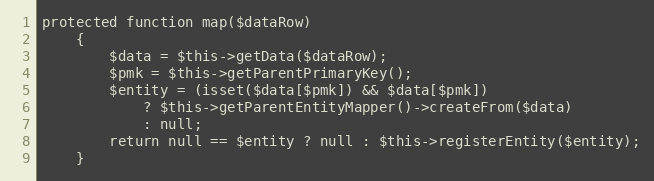
Language: PHP
protected function map($dataRow)
    {
        $data = $this->getData($dataRow);
        $pmk = $this->getParentPrimaryKey();
        $entity = (isset($data[$pmk]) && $data[$pmk])
            ? $this->getParentEntityMapper()->createFrom($data)
            : null;
        return null == $entity ? null : $this->registerEntity($entity);
    }